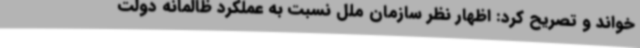
خواند و تصریح کرد: اظهار نظر سازمان ملل نسبت به عملکرد ظالمانه دولت